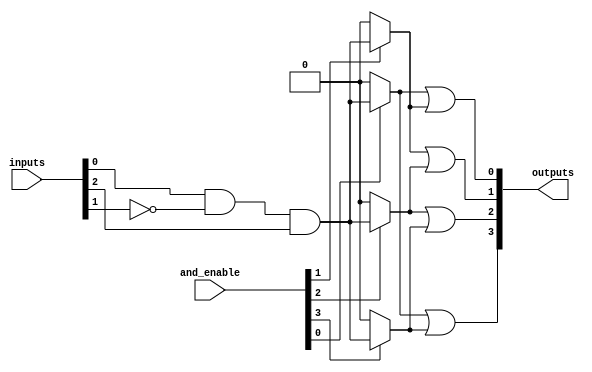
module FusedPAL #(
    parameter NUM_INPUTS = 8,       // Number of inputs
    parameter NUM_AND_TERMS = 4,     // Number of programmable AND terms
    parameter NUM_OUTPUTS = 4        // Number of outputs
)(
    input  wire [NUM_INPUTS-1:0]    inputs,        // Input signals
    input  wire [NUM_AND_TERMS-1:0]  and_enable,     // Enable signals for each AND term
    output wire [NUM_OUTPUTS-1:0]    outputs        // Output signals
);

// Internal signals for AND terms
wire [NUM_AND_TERMS-1:0] and_outputs;

// Programmable AND array
genvar i;
generate
    for (i = 0; i < NUM_AND_TERMS; i = i + 1) begin : and_array
        // Each AND gate can be customized with a combination of inputs
        // For the sake of simplicity, we will assume a fixed configuration
        assign and_outputs[i] = and_enable[i] ? 
            (inputs[0] & ~inputs[1] & inputs[2]) : 1'b0; // Example configuration
    end
endgenerate

// Fixed OR array
assign outputs[0] = and_outputs[0] | and_outputs[1];
assign outputs[1] = and_outputs[1] | and_outputs[2];
assign outputs[2] = and_outputs[2] | and_outputs[3];
assign outputs[3] = and_outputs[0] | and_outputs[3];

endmodule